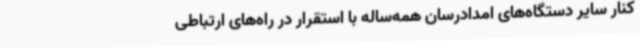
کنار سایر دستگاه‌های امدادرسان همه‌ساله با استقرار در راه‌های ارتباطی